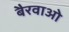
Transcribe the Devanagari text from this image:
बैरवाओ